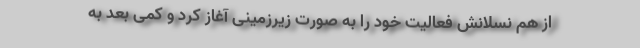
از هم نسلانش فعالیت خود را به صورت زیرزمینی آغاز کرد و کمی بعد به